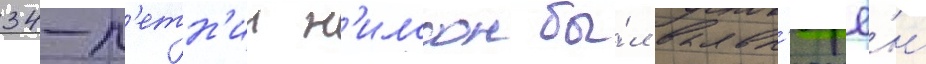
34-л'етн'ии н'илссон бы́л вкл'ючё́н